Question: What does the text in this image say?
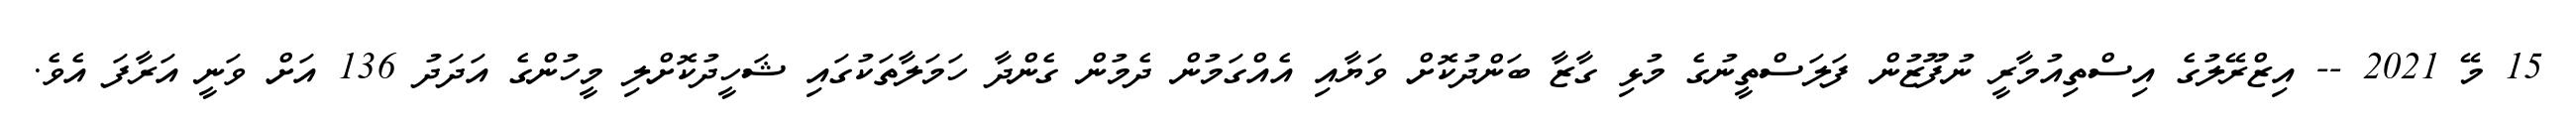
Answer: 15 މޭ 2021 -- އިޒްރޭލުގެ އިސްތިއުމާރީ ނުފޫޒުން ފަލަސްތީނުގެ މުޅި ގާޒާ ބަންދުކޮށް ވަޔާއި އެއްގަމުން ދެމުން ގެންދާ ހަމަލާތަކުގައި ޝަހީދުކޮށްލި މީހުންގެ އަދަދު 136 އަށް ވަނީ އަރާފަ އެވެ.